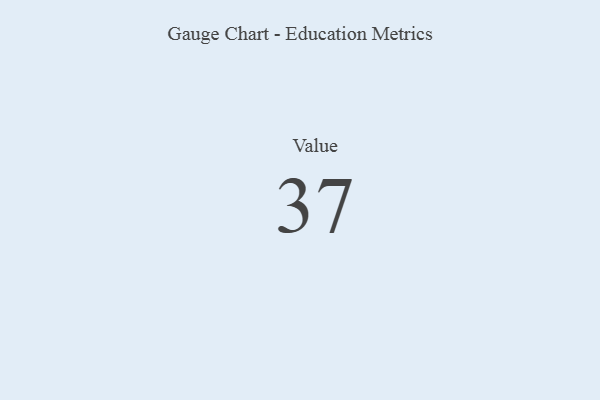
{"axis": {"x": "Metric", "y": "Value"}, "legend": [""], "data": [{"x": "Value", "y": 37, "type": ""}]}